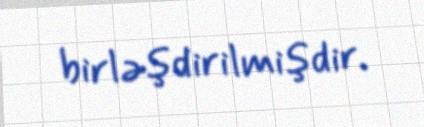
birləşdirilmişdir.